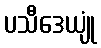
ပသီဒေယျုံ